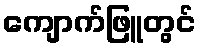
ကျောက်ဖြူတွင်